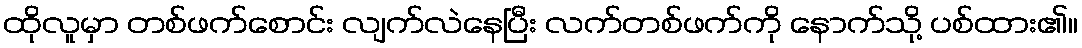
ထိုလူမှာ တစ်ဖက်စောင်း လျက်လဲနေပြီး လက်တစ်ဖက်ကို နောက်သို့ ပစ်ထား၏။